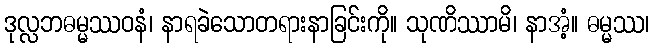
ဒုလ္လဘဓမ္မဿဝနံ၊ နာရခဲသောတရားနာခြင်းကို။ သုဏိဿာမိ၊ နာအံ့။ ဓမ္မဿ၊